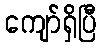
ကျော်ရှိပြီ